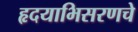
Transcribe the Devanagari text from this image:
हृदयाभिसरणचे